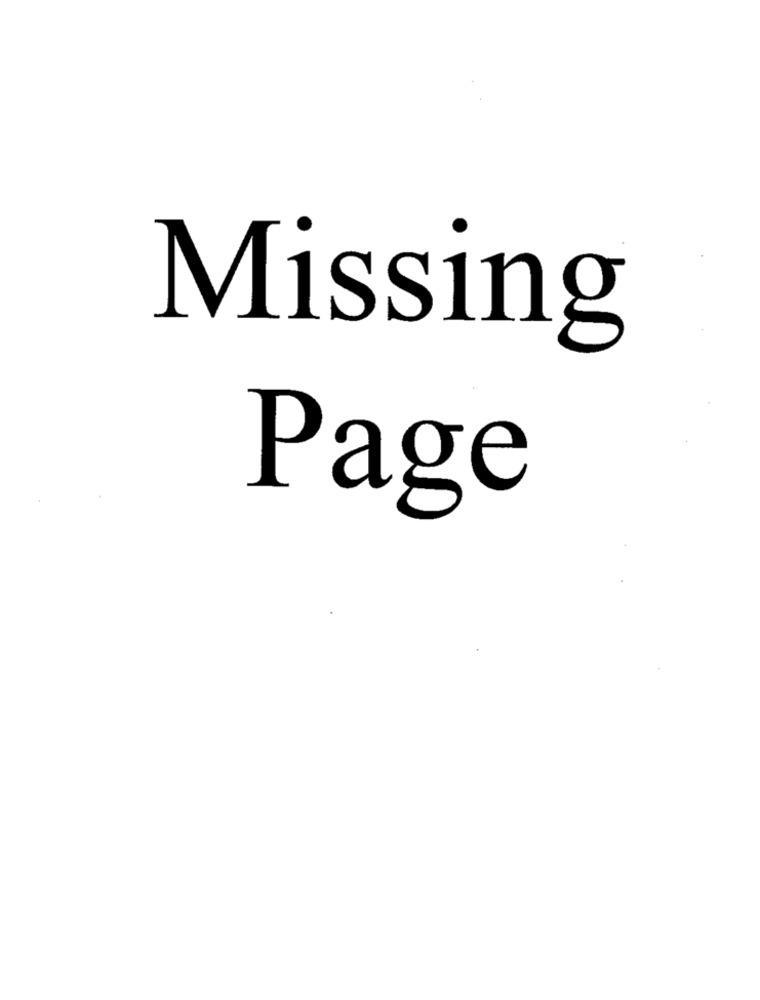
Missing
Page